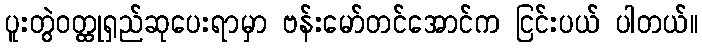
ပူးတွဲဝတ္ထုရှည်ဆုပေးရာမှာ ဗန်းမော်တင်အောင်က ငြင်းပယ် ပါတယ်။